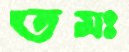
তমঃ